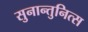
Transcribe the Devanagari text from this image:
सुनान्तुनित्स